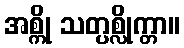
အစ္ကို သတ္ပစ္လိုက္တာ။